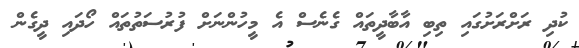
ކުދި ރަށްރަށުގައި ތިބި އާބާދީތައް ގެނެސް އެ މީހުންނަށް ފުރުސަތުތައް ހޯދައި ދީގެން